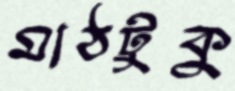
মাঠটুকু